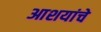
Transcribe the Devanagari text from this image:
आशयांचे